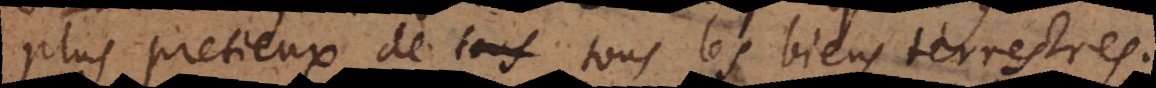
plus pretieux de tous les biens terrestres.